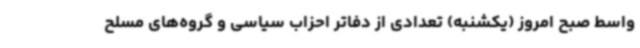
واسط صبح امروز (یکشنبه) تعدادی از دفاتر احزاب سیاسی و گروه‌های مسلح